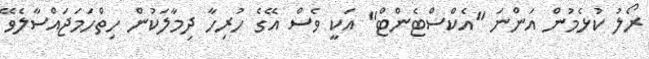
ރޯލު ކުޅެމުން އަންނަ "އެކްސްޓެންޓް" އަކީ ވެސް އޭގެ ހުރިހާ ދިމާލަކުން ހިތްހަމަޖައްސާލެވޭ